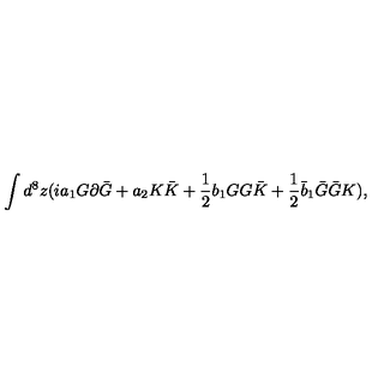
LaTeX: \int d ^ { 8 } z ( i a _ { 1 } G \partial \bar { G } + a _ { 2 } K \bar { K } + { \mathrm { \small { \frac 1 2 } } } b _ { 1 } G G \bar { K } + { \mathrm { \small { \frac 1 2 } } } \bar { b } _ { 1 } \bar { G } \bar { G } K ) ,